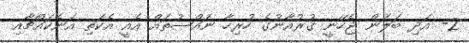
2- އަދި ބަލަން ޖެހޭނީ ޤުރުއާނުގެ ހުރިހާ ނައްޞުތައް އެއީ އެކަތި އަނެކައްޗާއި